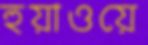
হুয়াওয়ে